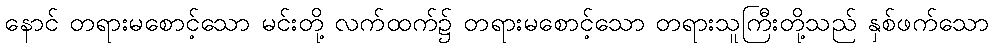
နောင် တရားမစောင့်သော မင်းတို့ လက်ထက်၌ တရားမစောင့်သော တရားသူကြီးတို့သည် နှစ်ဖက်သော